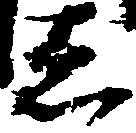
者